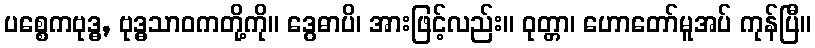
ပစ္စေကဗုဒ္ဓ, ဗုဒ္ဓသာဝကတို့ကို။ ဒွေဓာပိ၊ အားဖြင့်လည်း။ ဝုတ္တာ၊ ဟောတော်မူအပ် ကုန်ပြီ။